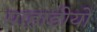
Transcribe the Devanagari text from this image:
पाहाडीयों